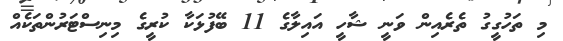
މި ތަހުގީގު ތެރެއިން ވަނީ ޝާހީ އައިލާގެ 11 ބޭފުޅަކާ ކުރީގެ މިނިސްޓަރުންތަކެއް